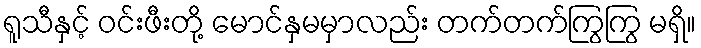
ရူသီနှင့် ဝင်းဖီးတို့ မောင်နှမမှာလည်း တက်တက်ကြွကြွ မရှိ။